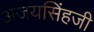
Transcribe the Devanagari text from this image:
अजयसिंहजी